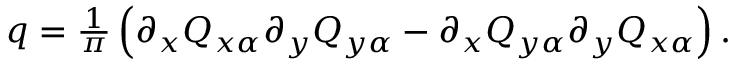
\begin{array} { r } { q = \frac { 1 } { \pi } \left( \partial _ { x } Q _ { x \alpha } \partial _ { y } Q _ { y \alpha } - \partial _ { x } Q _ { y \alpha } \partial _ { y } Q _ { x \alpha } \right) . } \end{array}